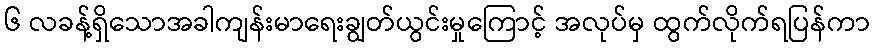
၆ လခန့်ရှိသောအခါကျန်းမာရေးချွတ်ယွင်းမှုကြောင့် အလုပ်မှ ထွက်လိုက်ရပြန်ကာ